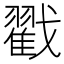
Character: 戳